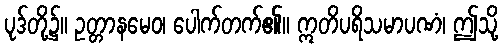
ပုဒ်တို့၌။ ဥတ္တာနမေဝ၊ ပေါက်တက်၏။ ဣတိပရိသမာပဏံ၊ ဤသို့